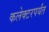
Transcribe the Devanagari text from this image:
कलेक्टरपर्यंत